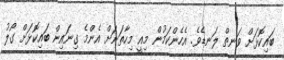
ބައިކޮޅަށް ވަނތް ލަނޑެވެ. އެހެންކަމުން މިއީ މިހާތަނަށް އެންމެ ގިނައިން ބައިކޮޅަށް ގޯލު